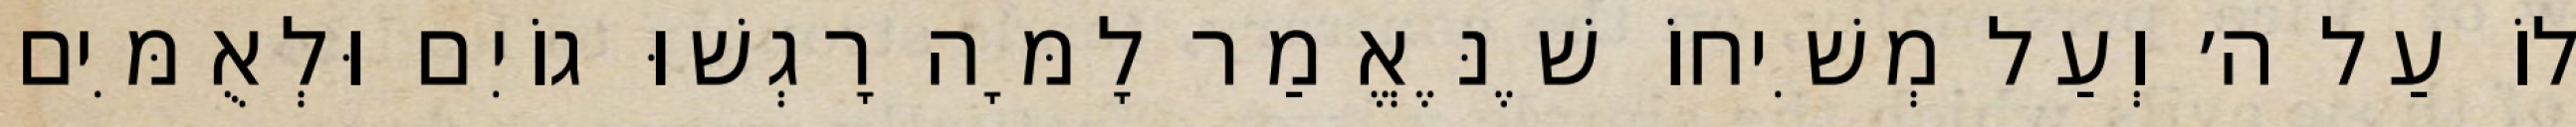
לוֹ עַל ה׳ וְעַל מְשִׁיחוֹ שֶׁנֶּאֱמַר לָמָּה רָגְשׁוּ גוֹיִם וּלְאֻמִּים